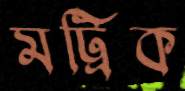
মট্রিক